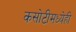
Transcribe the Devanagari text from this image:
कसोटीमध्येही